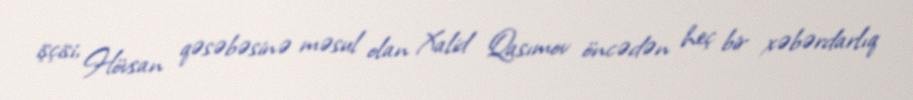
işçisi, Hövsan qəsəbəsinə məsul olan Xalid Qasımov öncədən heç bir xəbərdarlıq